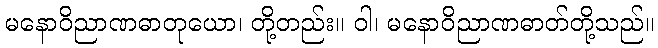
မနောဝိညာဏဓာတုယော၊ တို့တည်း။ ဝါ၊ မနောဝိညာဏဓာတ်တို့သည်။